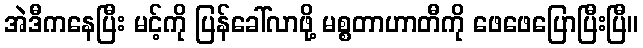
အဲဒီကနေပြီး မင့်ကို ပြန်ခေါ်လာဖို့ မစ္စတာဟာတီကို ဖေဖေပြောပြီးပြီ။